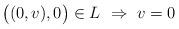
LaTeX: \begin{align*}\big((0,v),0\big)\in L\ \Rightarrow\ v=0\end{align*}